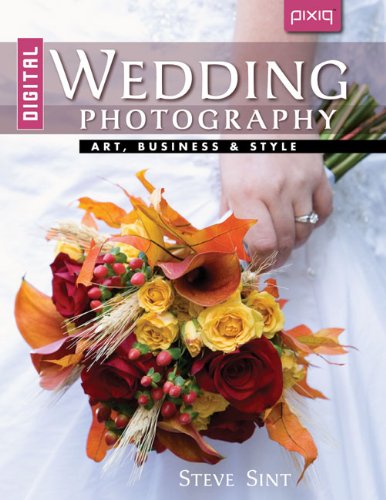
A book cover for Digital Wedding Photography: Art, Business & Style; Steve Sint; Crafts, Hobbies & Home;